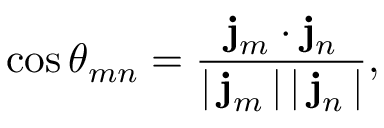
\cos \theta _ { m n } = \frac { { \bf j } _ { m } \cdot { \bf j } _ { n } } { | \, { \bf j } _ { m } \, | \, | \, { \bf j } _ { n } \, | } ,